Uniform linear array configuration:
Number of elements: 8
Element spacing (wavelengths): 1
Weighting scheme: binomial
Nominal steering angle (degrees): -45
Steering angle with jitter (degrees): -46.255
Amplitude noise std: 0.05
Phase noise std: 0.05

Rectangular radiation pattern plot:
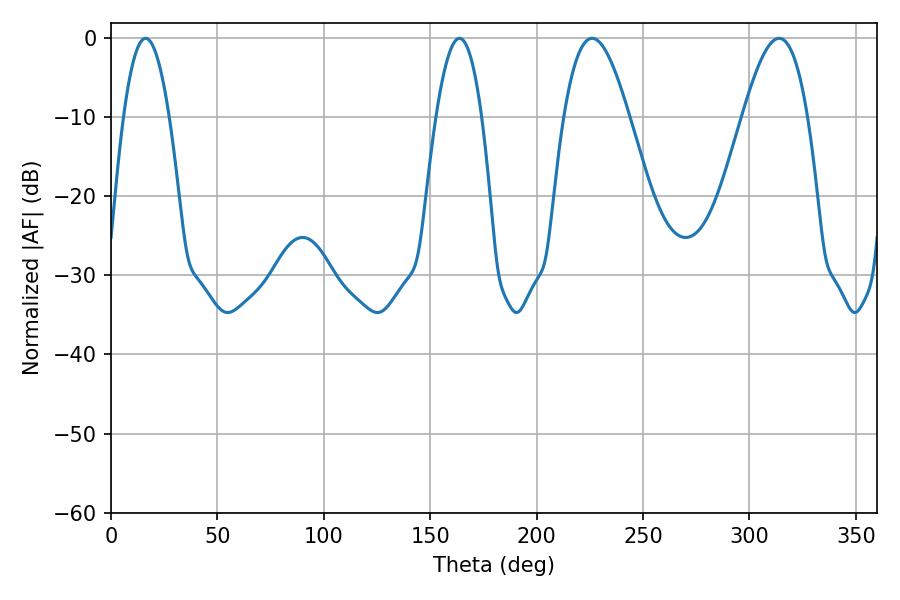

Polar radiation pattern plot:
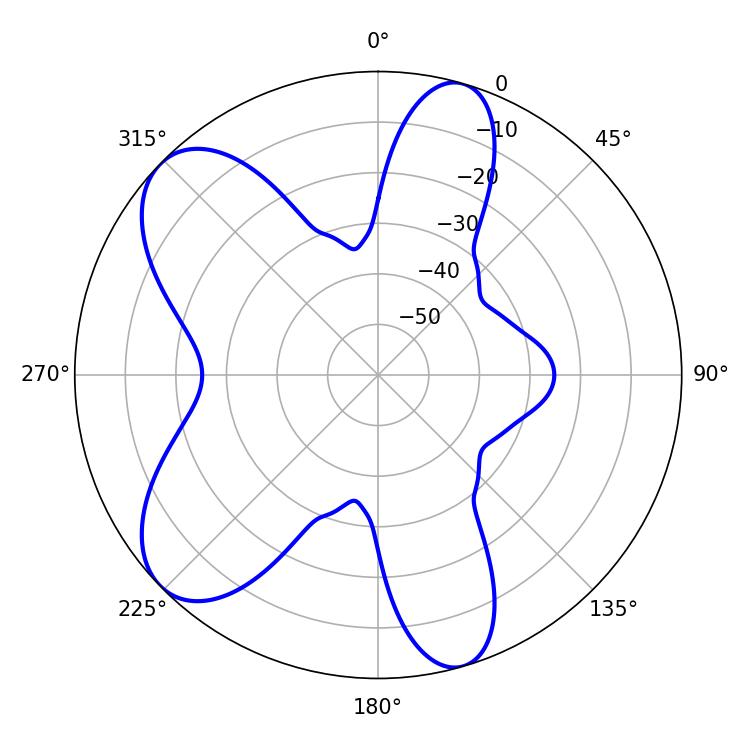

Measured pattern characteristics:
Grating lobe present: TRUE
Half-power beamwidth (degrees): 16.56
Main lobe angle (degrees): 226.08